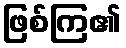
ဖြစ်ကြ၏